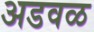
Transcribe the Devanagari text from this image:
अडवळ